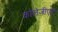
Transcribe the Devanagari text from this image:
कोलेजीएट